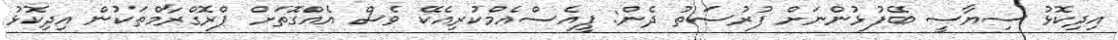
އިދިކޮޅު ސިޔާސީ ބޭފުޅުންނަށް ފުރުސަތު ދެން: ޕީއެސްއެމްކުރިއެކޭ ވެސް އެއްގޮތަށް ޕްރޮގްރާމްތަކުން އިދިކޮޅު